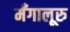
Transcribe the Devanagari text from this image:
मँगालूरु